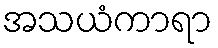
အသယံကာရာ